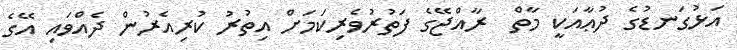
އަޅުގަނޑުގެ ދުޢާއަކީ މާތް  ރާއްޖޭގެ ފަތުރުވެރިކަމަށް އިތުރު ކުރިއެރުން ދެއްވައި އޭގެ